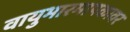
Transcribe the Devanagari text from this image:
वायुभारमापकावर